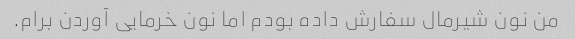
من نون شیرمال سفارش داده بودم اما نون خرمایی آوردن برام.